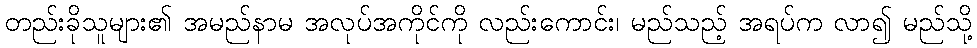
တည်းခိုသူများ၏ အမည်နာမ အလုပ်အကိုင်ကို လည်းကောင်း၊ မည်သည့် အရပ်က လာ၍ မည်သို့